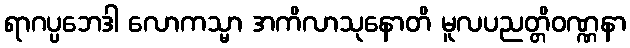
ရာဂပ္ပဘေဒါ လောကသ္မာ အကိလာသုနောတိ မူလပညတ္တိဝဏ္ဏနာ